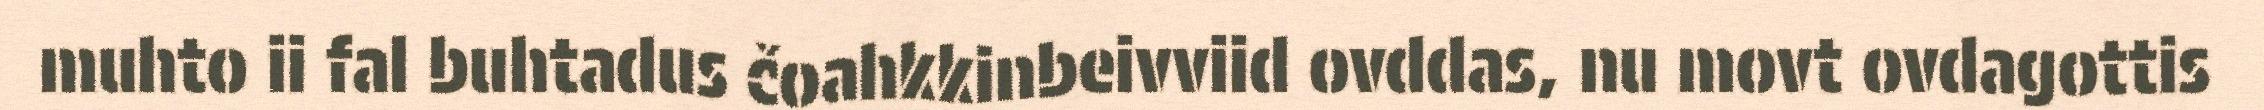
muhto ii fal buhtadus čoahkkinbeivviid ovddas, nu movt ovdagottis